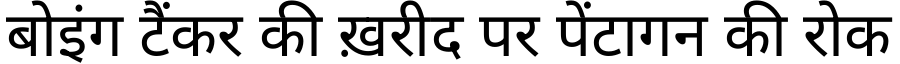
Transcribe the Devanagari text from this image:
बोइंग टैंकर की ख़रीद पर पेंटागन की रोक